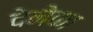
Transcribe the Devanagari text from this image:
देनेका